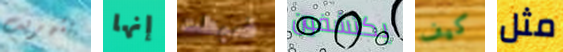
بتهريب إنها ضبطت يكتشفون كيف مثل